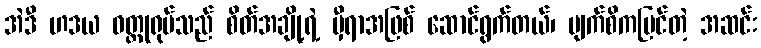
အဲဒီ ဟဒယ ဝတ္ထုရုပ်သည် စိတ်အချို့ရဲ့ မှီရာအဖြစ် ဆောင်ရွက်တယ်၊ မျက်စိကမြင်တဲ့ အဆင်း